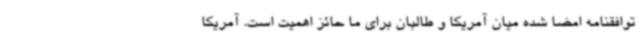
توافقنامه امضا شده میان آمریکا و طالبان برای ما حائز اهمیت است. آمریکا